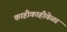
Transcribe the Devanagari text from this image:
काहीकाहीवेळा